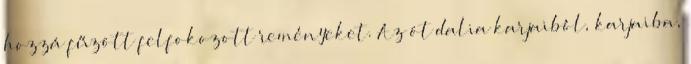
hozzá fűzött felfokozott reményeket. Az öt dalia karjaiból, karjaiba,